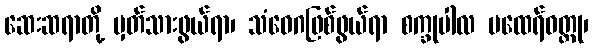
ဆေးဆရာတို့ မှတ်သားဖွယ်ရာ၊ သံဝေဂဖြစ်ဖွယ်ရာ စက္ခုပါလ မထေရ်ဝတ္ထု၊